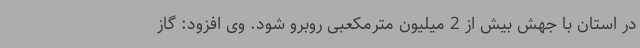
در استان با جهش بیش از 2 میلیون مترمکعبی روبرو شود. وی افزود: گاز